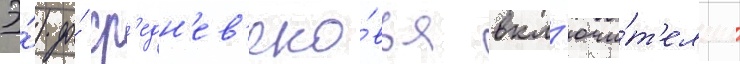
Э́) до́ ср'едн'ев'еко́вья вкл'ючи́т'ельно